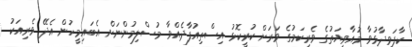
ކާފަވިދާޅުވާ މުއާވިޔަތުގެ ވެރިކަމުގެ ވަރަށް ކުރީކޮޅު އިސްތިއުފާދެއްވާ މުސްލިމުންނަށް އެބައިމީހުން އެދޭ ވެރިއަކު